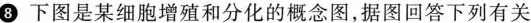
0下图是某细胞增殖和分化的概念图，据图回答下列有关